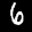
Label: 6